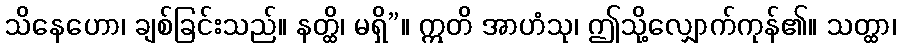
သိနေဟော၊ ချစ်ခြင်းသည်။ နတ္ထိ၊ မရှိ”။ ဣတိ အာဟံသု၊ ဤသို့လျှောက်ကုန်၏။ သတ္ထာ၊